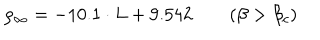
LaTeX: \rho _ { \infty } = - 1 0 . 1 \cdot L + 9 . 5 4 2 \qquad ( \beta > \beta _ { c } )